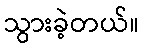
သွားခဲ့တယ်။